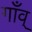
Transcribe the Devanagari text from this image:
गाँव्